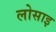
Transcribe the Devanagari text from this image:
लोसाइ